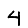
Digit: 4